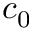
c _ { 0 }